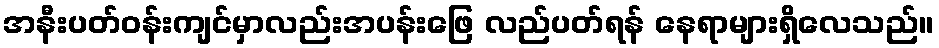
အနီးပတ်ဝန်းကျင်မှာလည်းအပန်းဖြေ လည်ပတ်ရန် နေရာများရှိလေသည်။